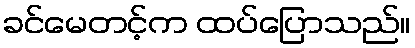
ခင်မေတင့်က ထပ်ပြောသည်။